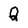
Character: Q